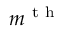
m ^ { \mathrm { ~ t ~ h ~ } }